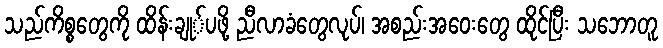
သည်ကိစ္စတွေကို ထိန်းချု်ပဖို့ ညီလာခံတွေလုပ်၊ အစည်းအဝေးတွေ ထိုင်ပြီး သဘောတူ